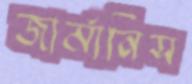
জার্মানিস